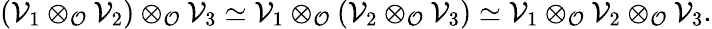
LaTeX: (\mathcal V_{1}\otimes_{\mathcal{O}}\mathcal{V}_{2})\otimes_{\mathcal{O}}\mathcal V_{3}\simeq\mathcal V_{1}\otimes_{\mathcal{O}}(\mathcal{V}_{2}\otimes_{\mathcal{O}}\mathcal V_{3})\simeq\mathcal V_{1}\otimes_{\mathcal{O}}\mathcal{V}_{2}\otimes_{\mathcal{O}}\mathcal V_{3}.